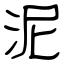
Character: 泥